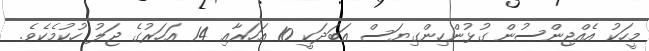
މީހަކު އެއްޖިންސުން ގުޅުންހިންގިޔަސް އަބަދަކީ 10 އަހަރާއި 14 އަހަރުގެ ޖަލު ހުކުމެކެވެ.